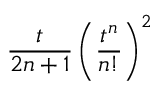
{ \frac { t } { 2 n + 1 } } \left( { \frac { t ^ { n } } { n ! } } \right) ^ { 2 }